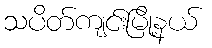
သပိတ်ကျင်းမြို့နယ်